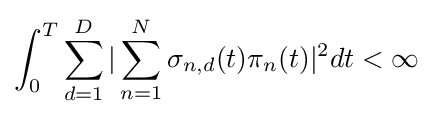
\int _{0}^{T}\sum _{d=1}^{D}|\sum _{n=1}^{N}\mathbf {\sigma } _{n,d}(t)\pi _{n}(t)|^{2}dt<\infty